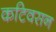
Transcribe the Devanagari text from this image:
कटिवसन